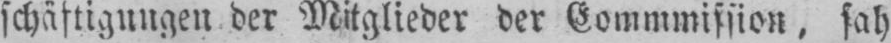
schäftigungen der Mitglieder der Commmission, sah